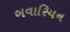
બવારિયન